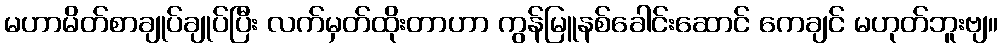
မဟာမိတ်စာချုပ်ချုပ်ပြီး လက်မှတ်ထိုးတာဟာ ကွန်မြူနစ်ခေါင်းဆောင် ကေချင် မဟုတ်ဘူးဗျ။